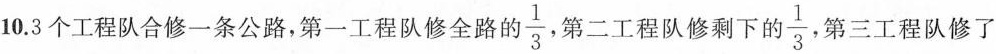
10.3个工程队合修一条公路，第一工程队修全路的\frac{1}{3}，第二工程队修剩下的\frac{1}{3}，第三工程队修了